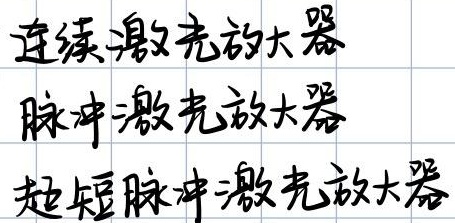
连续激光放大器 脉冲激光放大器 超短脉冲激光放大器